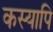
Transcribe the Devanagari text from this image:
कस्यापि